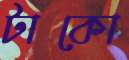
টাকো